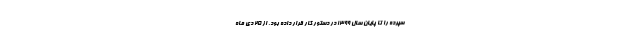
سپرده را تا پایان سال ۱۳۹۹ در دستور کار قرار داده بود. از ۲۵ دی ماه